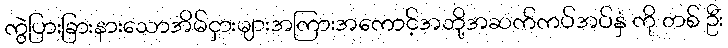
ကွဲပြားခြားနားသောအိမ်ငှားများအကြားအကောင့်အဘို့အဆက်ကပ်အပ်နှံ ကို တစ် ဦး